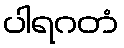
ပါရဂတံ